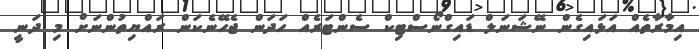
އިމާރާތެއް އަޅައިގެން ނޭޝަނަލް ޑައިގްނޯސްޓިކް ސެންޓަރެއް ހަދަން ޖެހޭނެކަން ރައްޔިތުންނަށް މި ދަނީ